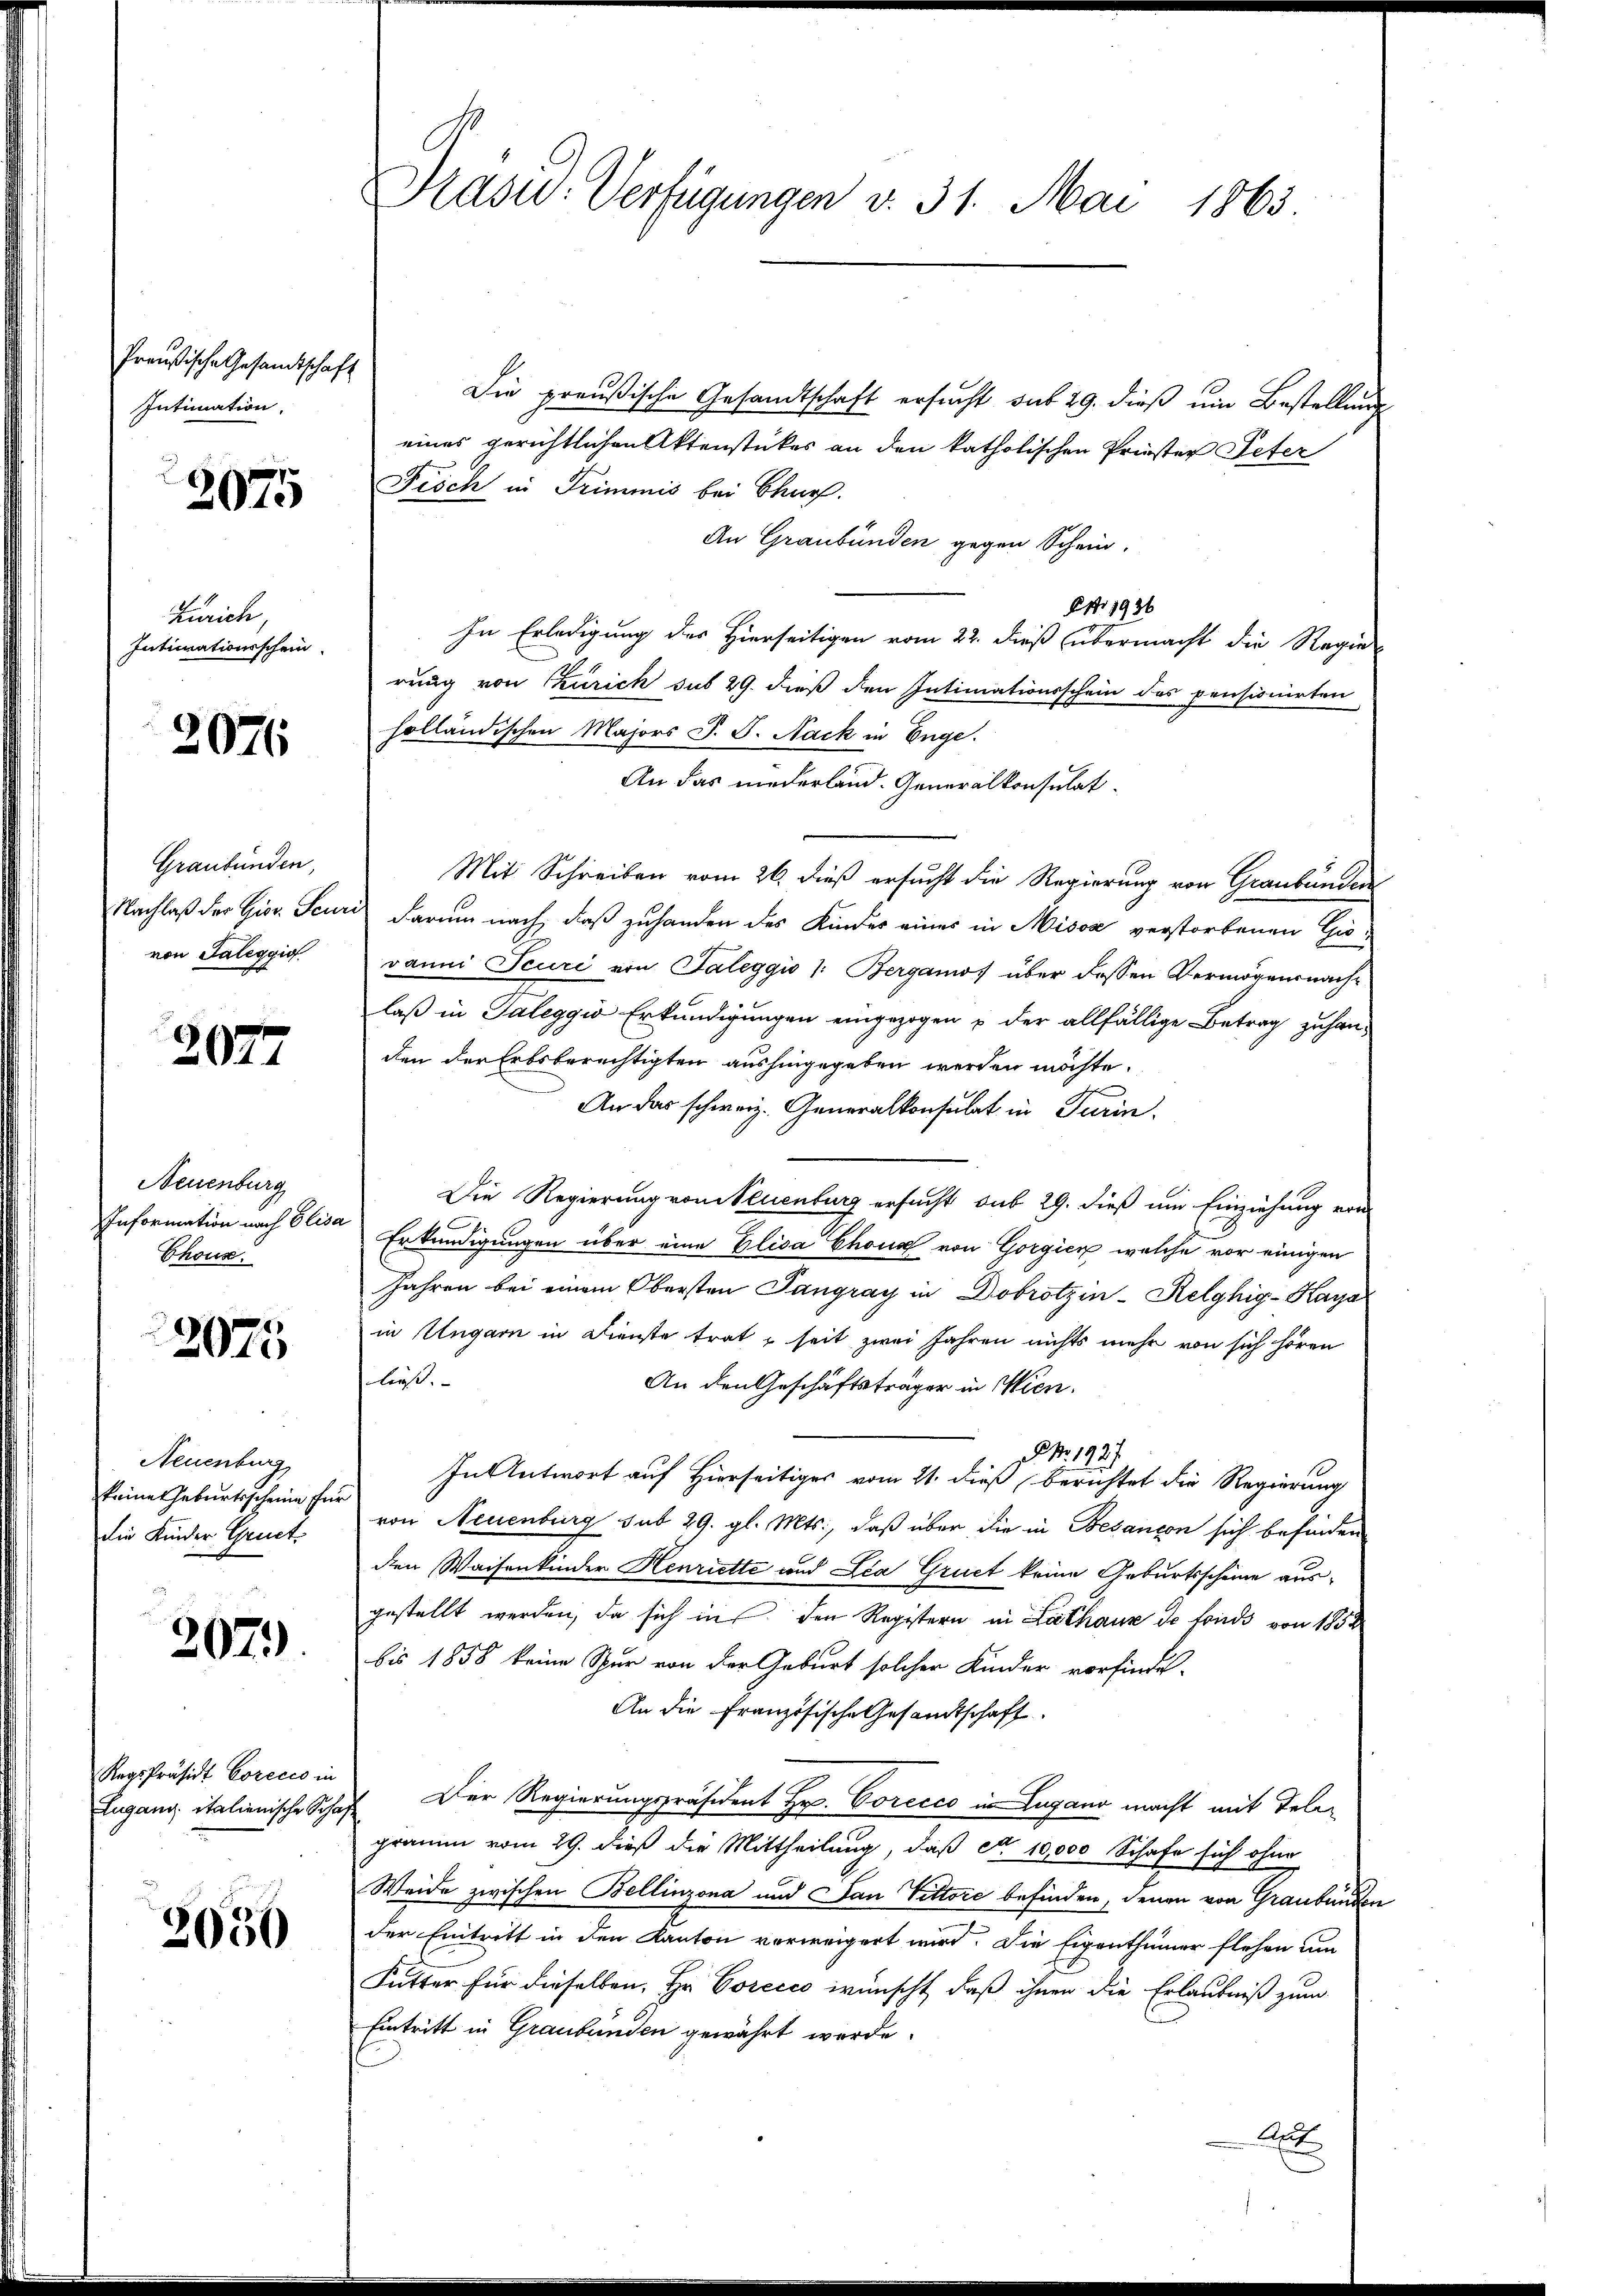
Preußische Gesandtschaft
Intimation.

2075

Zürich,
Intimationsschein

2076

Graubünden,
von Saleggio

2077

Neuenburg
Information nach Elisa
Chous.

2075

Neuenburg
keine Geburtsscheine für
die Kinder Gruet¬

2079.

RegsPräsidt Corecco in

2050

Präsid. Verfügungen v. 31. Mai 1863.

Die preußische Gesandtschaft ersucht sub 29. dieß ein Bestellung
eines gerichtlichen Aktenstückes an den katholischen Priester Peter
Fisch in Trimmis bei Churf.
An Graubünden gegen Schein.
ANr 1936
In Erledigung des Hierseitigen vom 22. dieß übermacht die Regie-
rung von Zürich sub 29. dieß den Intimationsschein des pensionirten
holländischen Majors P. F. Nack in Enge.
An das niederland. Generalkonsulat
Mit Schreiben vom 26. dieß ersucht die Regierung von Graubünden
Nachlaß der Gior. Feuri darum nach, daß zuhanden des Kinder eines in Misox verstorbenen Gievanni Jeuri von Taleggio 1: Bergamo über dessen Vermögensnach-
laß in Taleggio Erkundigungen eingezogen u der allfällige Betrag zu handen der Erbsberechtigten aushingegeben werden möchte.
An das schweiz. Generalkonsulat in Turin
Die Regierung von Neuenburg ersucht sub 29. dieß um Einziehung von
.
Erkundigungen über eine Elisa Chona von Gorgien, welche vor einigen
Jahren bei einem Obersten Pangray in Dobrotzin-Kelghig-Kaya
in Ungarn in Dienste trat & seit zwei Jahren nichts mehr von sich hören
ließ.
An den Geschäftsträger in Wien.
 No. 1927.
In Antwort auf Hierseitiges vom 21. dieß berichtet die Regierung
von Neuenburg sub 29. gl. Mts., daß über die in Besançon sich befinden
dien Waisenkinder Henriette und Lia Gruet keine Geburtsscheine ausgestellt werden, da sich in den Registern in Lathaus de fonds von 1850
bis 1858 keine Spur von der Geburt solcher Kinder vorfinde-
An die Französische Gesandtschaft.
Lugang, italienische Schaft. Der Regierungspräsident Hr. Corecco in Lugano macht mit Telegramm vom 29. dieß die Mittheilung, daß er 10,000 Schafe sich ohne
Weide zwischen Bellinzona und Jan Vittore befinden, denen von Graubünden
der Eintritt in den Kanton verweigert wird. Die Eigenthümer flehen um
Futter für dieselben, Hr. Corccco wünscht, daß ihnen die Erlaubniß zum
Eintritt in Graubünden gewährt werde.
A